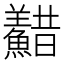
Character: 𩼫